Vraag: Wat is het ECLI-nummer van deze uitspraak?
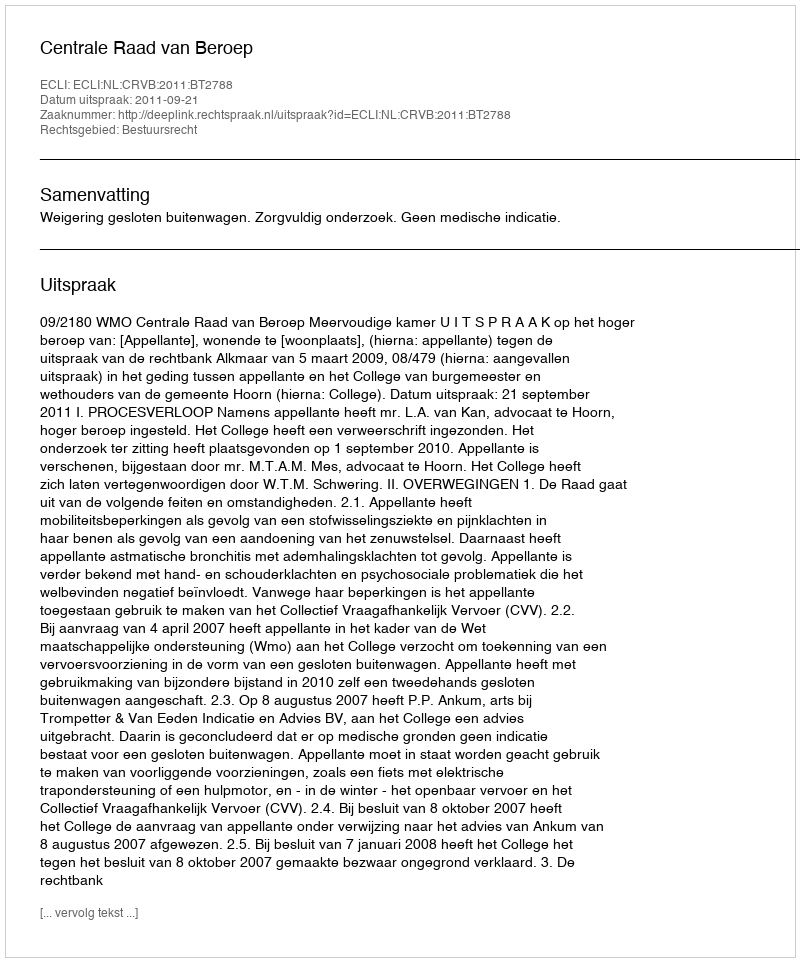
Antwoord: ECLI:NL:CRVB:2011:BT2788